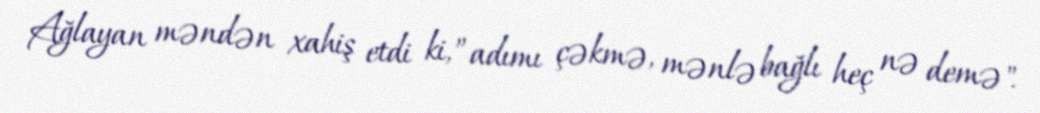
Ağlayan məndən xahiş etdi ki, ”adımı çəkmə, mənlə bağlı heç nə demə".